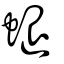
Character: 螁